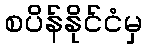
စပိန်နိုင်ငံမှ